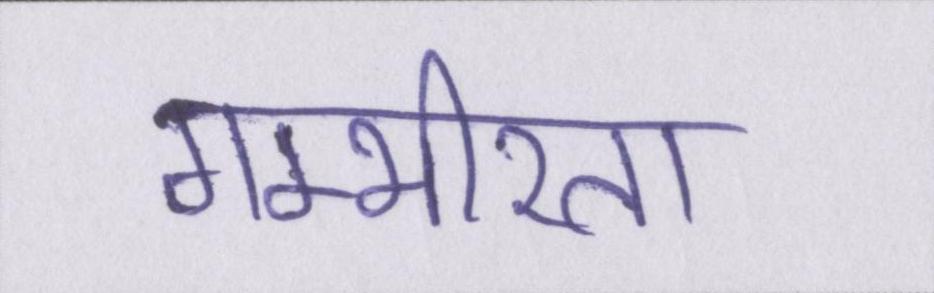
गम्भीरता